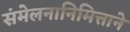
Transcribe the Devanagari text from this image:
संमेलनानिमित्ताने